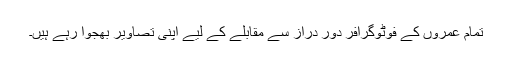
تمام عمروں کے فوٹوگرافر دور دراز سے مقابلے کے لیے اپنی تصاویر بھجوا رہے ہیں۔